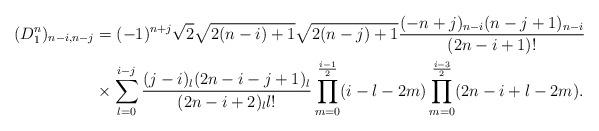
LaTeX: \begin{align*}(D^n_1)_{n-i,n-j}&=(-1)^{n+j}\sqrt{2}\sqrt{2(n-i)+1}\sqrt{2(n-j)+1}\frac{(-n+j)_{n-i}(n-j+1)_{n-i}}{(2n-i+1)!}\\&\times\sum_{l=0}^{i-j}\frac{(j-i)_l(2n-i-j+1)_l}{(2n-i+2)_l l!}\prod_{m=0}^{\frac{i-1}{2}}(i-l-2m)\prod_{m=0}^{\frac{i-3}{2}}(2n-i+l-2m).\end{align*}